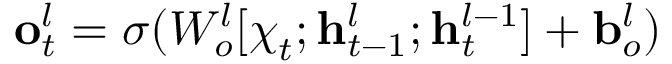
\mathbf { o } _ { t } ^ { l } = \sigma ( W _ { o } ^ { l } [ { \boldsymbol { \chi } } _ { t } ; \mathbf { h } _ { t - 1 } ^ { l } ; \mathbf { h } _ { t } ^ { l - 1 } ] + \mathbf { b } _ { o } ^ { l } )